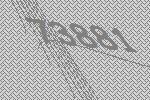
73881